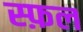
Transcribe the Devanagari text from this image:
स्फ़ल